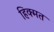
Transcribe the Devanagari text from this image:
हिक्मत